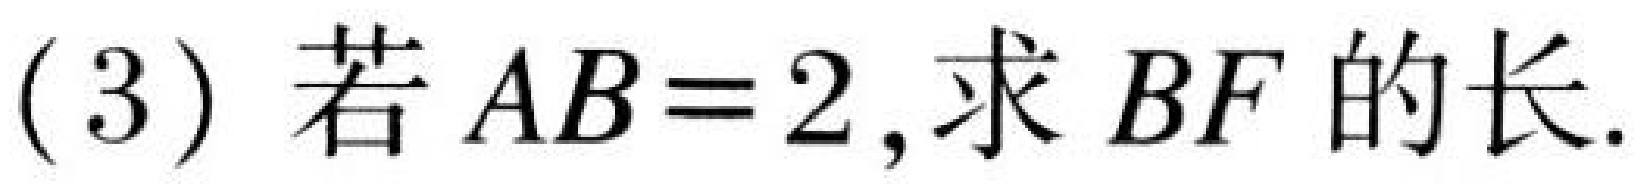
(3) 若 \(AB = 2\),求 \(BF\) 的长.